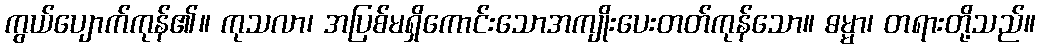
ကွယ်ပျောက်ကုန်၏။ ကုသလာ၊ အပြစ်မရှိကောင်းသောအကျိုးပေးတတ်ကုန်သော။ ဓမ္မာ၊ တရားတို့သည်။